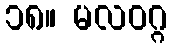
၁၈။ မလဝဂ္ဂ